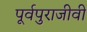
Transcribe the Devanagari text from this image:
पूर्वपुराजीवी